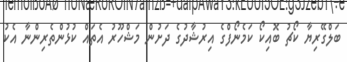
ބަލްގޭރިޔާ ކޯޗު ބޮއިކޯ ކަމެނޯފްގެ އިރުޝާދުގެ ދަށުން މަޝްހޫރު އެތައް ކުޅުންތެރިންނާ އެކު